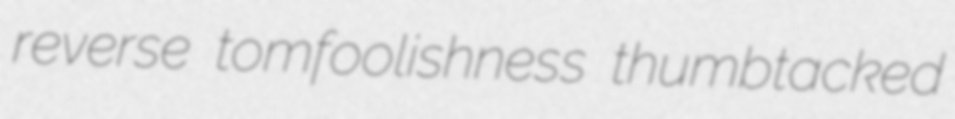
reverse tomfoolishness thumbtacked